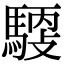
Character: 𩤳